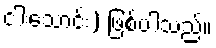
ငါးသောင်း) ဖြစ်ပါသည်။